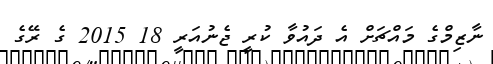
ނާޒިމްގެ މައްޗަށް އެ ދައުވާ ކުރީ ޖެނުއަރީ 18 2015 ގެ ރޭގެ